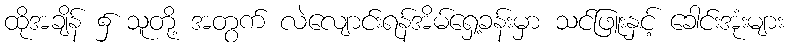
ထိုအချိန် ၌ သူတို့ အတွက် လဲလျောင်းရန်အိမ်ရှေ့ခန်းမှာ သင်ဖြူးနှင့် ခေါင်းအုံးများ